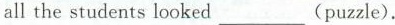
all the students looked___(puzzle).